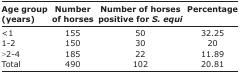
<table><thead><tr><td><b>Age group (years)</b></td><td><b>Number of horses</b></td><td><b>Number of horses positive for <i>S. equi</i></b></td><td><b>Percentage</b></td></tr></thead><tbody><tr><td>&lt;1</td><td>155</td><td>50</td><td>32.25</td></tr><tr><td>1-2</td><td>150</td><td>30</td><td>20</td></tr><tr><td>&gt;2-4</td><td>185</td><td>22</td><td>11.89</td></tr><tr><td>Total</td><td>490</td><td>102</td><td>20.81</td></tr></tbody></table>